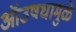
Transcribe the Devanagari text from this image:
ऑउषधामुळे